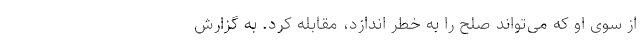
از سوی او که می‌تواند صلح را به خطر اندازد، مقابله کرد. به گزارش